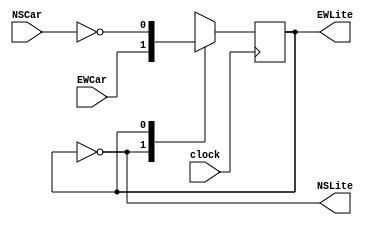
module TrafficLite(EWCar, NSCar, EWLite, NSLite, clock); //input and output
    input EWCar, NSCar, clock;
    output EWLite; 
    output NSLite;

    reg state;
    initial state = 0; //set initial state

    //following two assignments set the output, which is based only on the state variable
    assign NSLite = ~state; //NSLite on if state = 0
    assign EWLite = state;  //EWLite on if state = 1

    always @(posedge clock) //all state updates on a positive clock edge
        case (state)
            0: state = EWCar; //change state only if EWCar
            1: state = ~NSCar; //change state only if NSCar
        endcase
endmodule